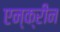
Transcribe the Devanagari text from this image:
एन्क्रीन